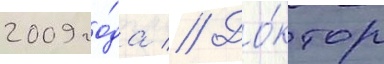
2009 го́да // До́ктор